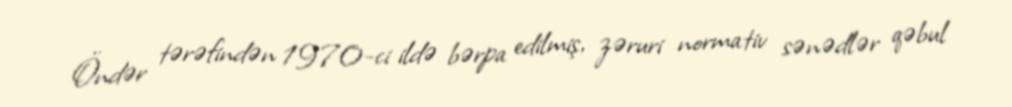
Öndər tərəfindən 1970-ci ildə bərpa edilmiş, zəruri normativ sənədlər qəbul